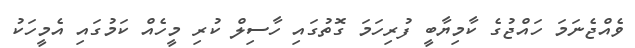
ވެއްޖެނަމަ ހައްޖުގެ ކާމިޔާބީ ފުރިހަމަ ގޮތުގައި ހާސިލް ކުރި މީހެއް ކަމުގައި އެމީހަކު